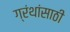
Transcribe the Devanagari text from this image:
ग्रंथांसाठी